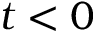
t < 0